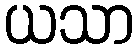
ယသာ